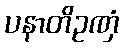
ပနာတိဥဏှံ